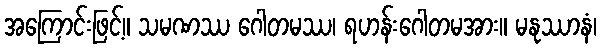
အကြောင်းဖြင့်။ သမဏဿ ဂေါတမဿ၊ ရဟန်းဂေါတမအား။ မနုဿာနံ၊